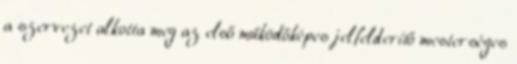
a szervezet alkotta meg az első működőképes jelfelderítő mesterséges